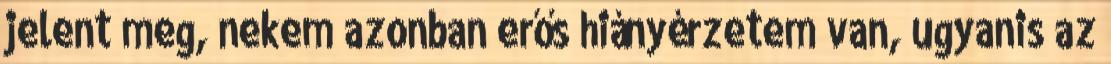
jelent meg, nekem azonban erős hiányérzetem van, ugyanis az